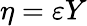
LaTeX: \eta=\varepsilon Y